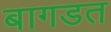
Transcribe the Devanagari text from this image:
बागडत